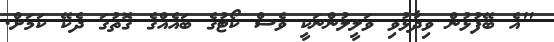
"އެ ބޭފުޅުން ވިދާޅުވި ވަލީލުންނަކީ ވެސް ކޯޓުގެ ބައެއްގެ ގޮތުގަ ދެކޭ ކަމަށް.